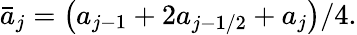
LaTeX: \begin{array}{r}{\bar{a}_{j}=\left(a_{j-1}+2a_{j-1/2}+a_{j}\right)/4.}\end{array}